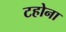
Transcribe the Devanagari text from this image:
टहोना